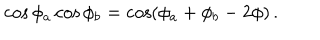
\cos \phi _ { a } \cos \phi _ { b } = \cos ( \phi _ { a } + \phi _ { b } - 2 \phi ) \, .